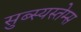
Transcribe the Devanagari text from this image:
सुब्स्यस्तेम्स